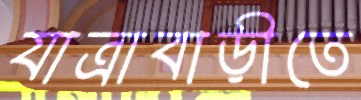
যাত্রাবাড়ীতে